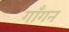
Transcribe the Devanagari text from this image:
गाँगन